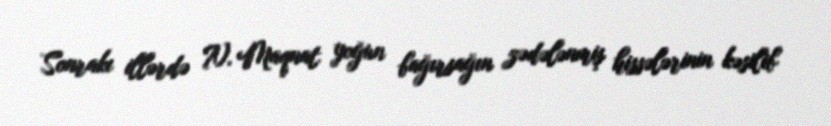
Sonrakı illərdə N. Maqnat yoğun bağırsağın zədələnmiş hissələrinin kəsilib